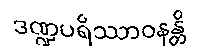
ဒဏ္ဍပရိဿာဝနန္တိ